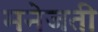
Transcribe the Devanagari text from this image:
मनेजती